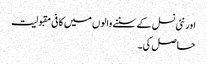
اور نئی نسل کے سننے والوں میں کافی مقبولیت
حاصل کی۔